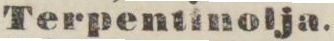
Terpentinolja.